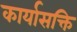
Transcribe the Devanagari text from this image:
कार्यासक्ति